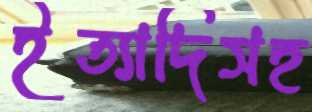
ইত্যাদিসহ